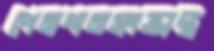
পেনশনসংক্রান্ত